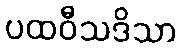
ပထဝီသဒိသာ